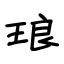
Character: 琅